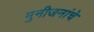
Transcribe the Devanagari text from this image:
मुनीजनांचे